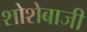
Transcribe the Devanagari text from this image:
शोशेबाजी